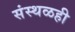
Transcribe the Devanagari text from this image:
संस्थळही